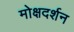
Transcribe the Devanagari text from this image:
मोक्षदर्शन